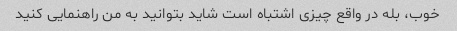
خوب، بله در واقع چیزی اشتباه است شاید بتوانید به من راهنمایی کنید